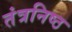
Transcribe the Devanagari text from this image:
तंत्रनिष्ठ